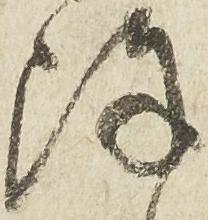
陣